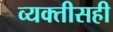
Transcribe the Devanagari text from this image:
व्यक्तीसही